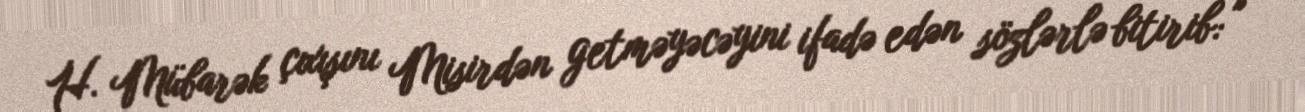
H. Mübarək çıxışını Misirdən getməyəcəyini ifadə edən sözlərlə bitirib: "